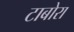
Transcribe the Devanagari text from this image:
टाबोरा